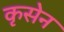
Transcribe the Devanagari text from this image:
कृसेन